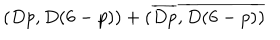
( D p , D ( 6 - p ) ) + ( \overline { { { D p } } } , \overline { { { D ( 6 - p ) } } } )